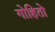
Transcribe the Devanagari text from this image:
गोहितो